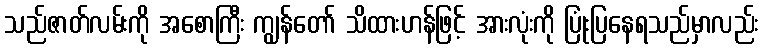
သည်ဇာတ်လမ်းကို အစောကြီး ကျွန်တော် သိထားဟန်ဖြင့် အားလုံးကို ပြုံးပြနေရသည်မှာလည်း